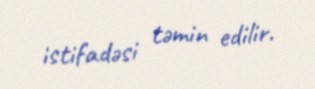
istifadəsi təmin edilir.